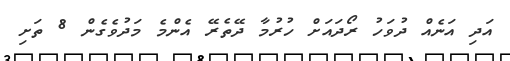
އަދި އަނެއް ދުވަހު ރޯދައަށް ހުރުމާ ދޭތެރޭ އެންމެ މަދުވެގެން 8 ތަށި